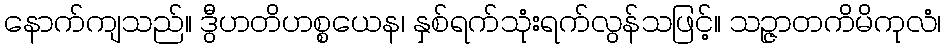
နောက်ကျသည်။ ဒွီဟတိဟစ္စယေန၊ နှစ်ရက်သုံးရက်လွန်သဖြင့်။ သဉ္ဇာတကိမိကုလံ၊